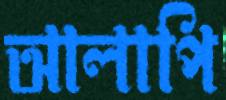
আলাপি